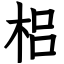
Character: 梠